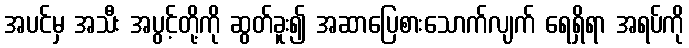
အပင်မှ အသီး အပွင့်တို့ကို ဆွတ်ခူး၍ အဆာပြေစားသောက်လျက် ရေရှိရာ အရပ်ကို